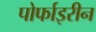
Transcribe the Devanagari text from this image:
पोर्फाइरीन